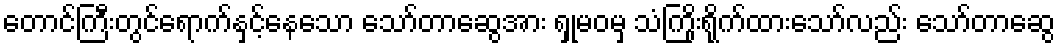
တောင်ကြီးတွင်ရောက်နှင့်နေသော သော်တာဆွေအား ရှုမဝမှ သံကြိုးရိုက်ထားသော်လည်း သော်တာဆွေ